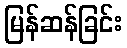
မြန်ဆန်ခြင်း